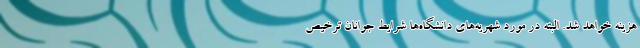
هزینه خواهد شد. البته در مورد شهریه‌های دانشگاه‌ها شرایط جوانان ترخیص